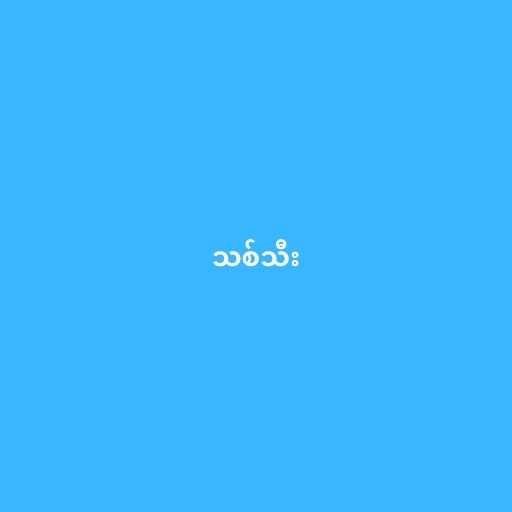
သစ်သီး